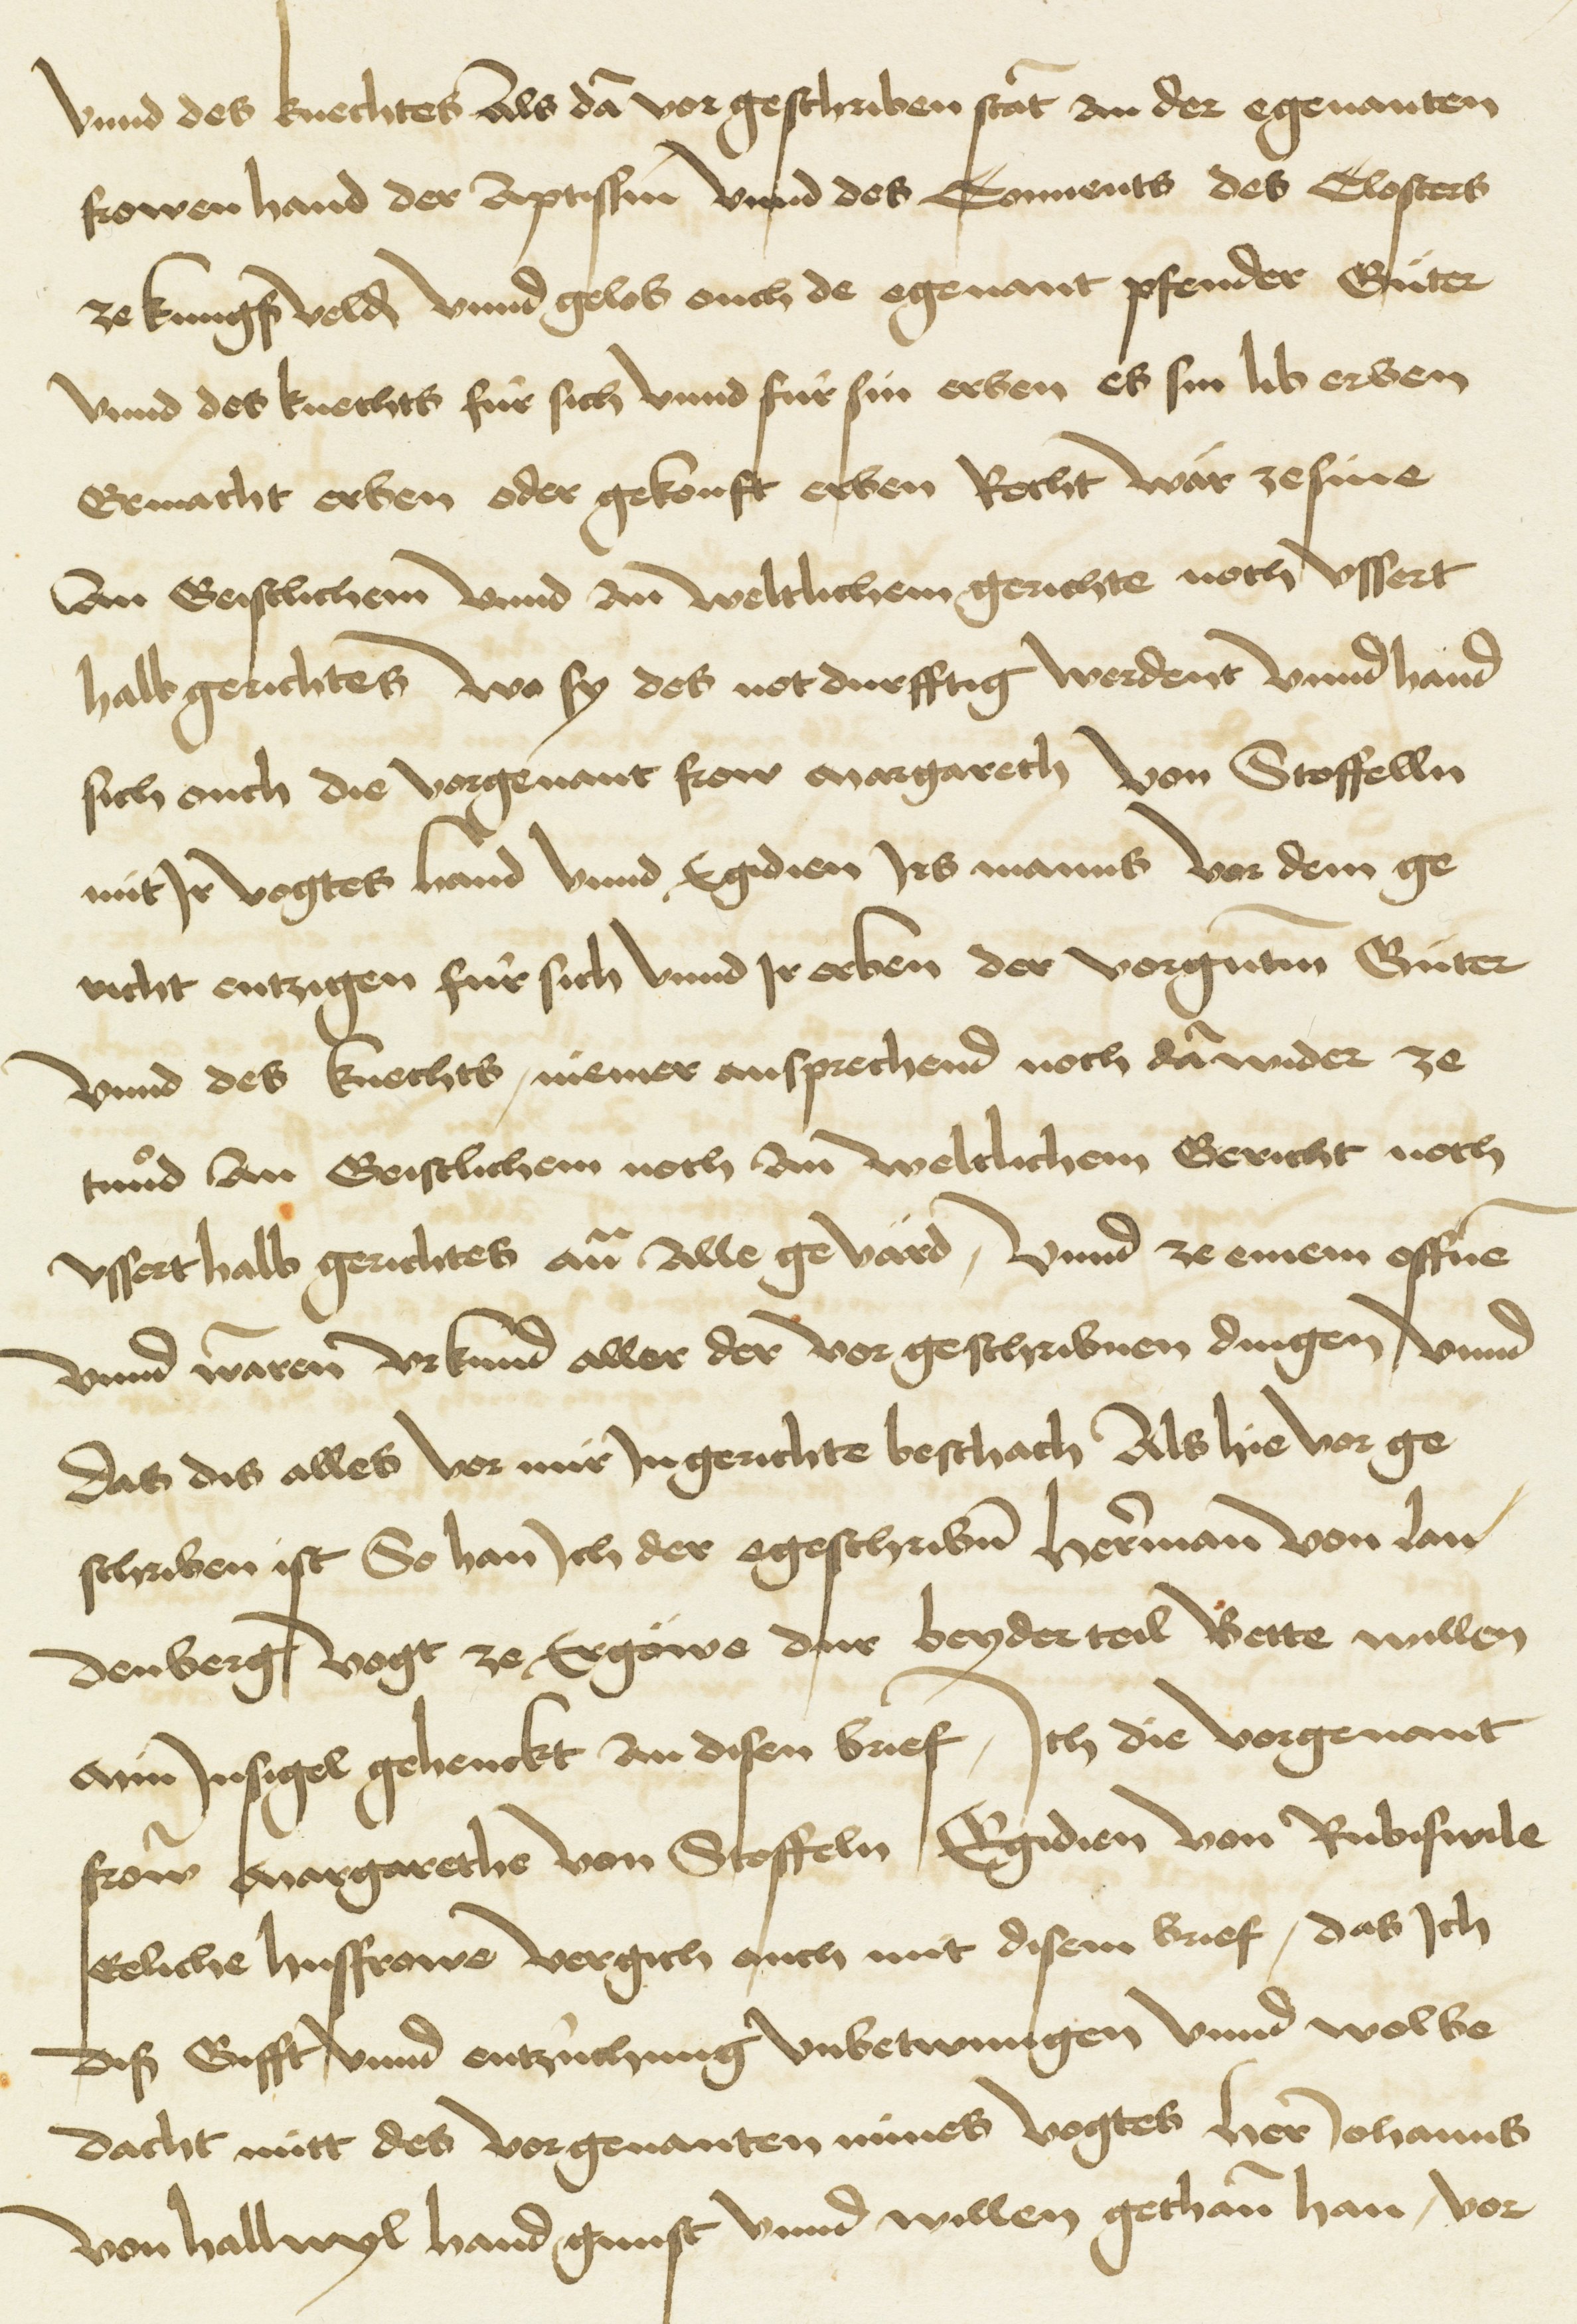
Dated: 1480–1528